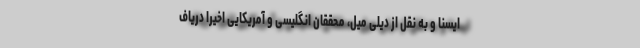
ایسنا و به نقل از دیلی میل، محققان انگلیسی و آمریکایی اخیرا دریاف